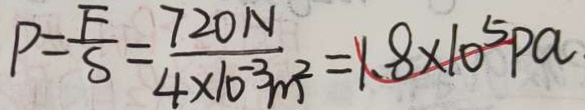
P = \frac { F } { S } = \frac { 7 2 0 N } { 4 \times 1 0 ^ { - 3 } m ^ { 2 } } = 1 . 8 \times 1 0 ^ { 5 } P a